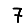
Digit: 7